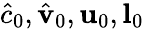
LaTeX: \hat{c}_{0},\hat{\mathbf{v}}_{0},\mathbf{u}_{0},\mathbf{l}_{0}